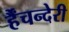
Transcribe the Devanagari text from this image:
र्हैंचन्देरी